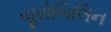
યૂરોબિલિન